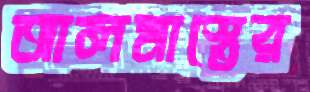
আলমাস্তের